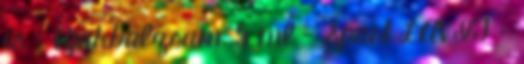
is : Ajakbalzsam, 5 ml - Sport LAVIT -